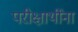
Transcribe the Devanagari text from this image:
परीक्षार्थींना